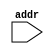
module Action_ROM(input wire addr, 
    );


endmodule